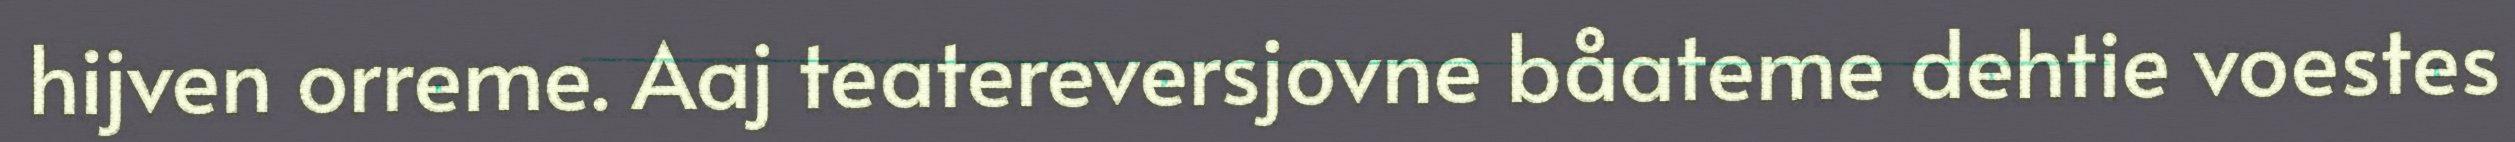
hijven orreme. Aaj teatereversjovne båateme dehtie voestes